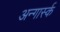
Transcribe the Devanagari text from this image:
अन्गार्स्क